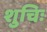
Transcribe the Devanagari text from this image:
शुचिः